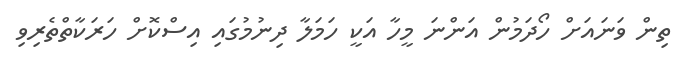
ތިން ވަނައަށް ހޯދަމުން އަންނަ މީހާ އަކީ ހަމަލާ ދިނުމުގައި އިސްކޮށް ހަރަކާތްތެރިވި